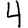
Digit: 4